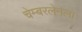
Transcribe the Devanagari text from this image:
चेम्बरलेनला